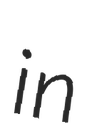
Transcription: in